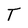
Character: T